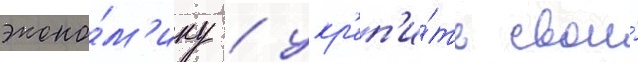
эконо́м'ику / укр'еп'и́ть свои́